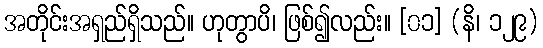
အတိုင်းအရှည်ရှိသည်။ ဟုတွာပိ၊ ဖြစ်၍လည်း။ [၀၁] (နိ၊ ၁၂၉)